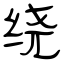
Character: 绕